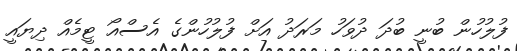
ފުލުހުން ބުނީ ބުދަ ދުވަހު މަރަދު އަށް ފުލުހުންގެ އެސްއޯ ޓީމެއް ދިޔައީ